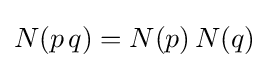
N(p\,q)=N(p)\,N(q)